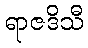
ရာဇဒိသီ